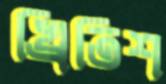
খ্রিতিশ